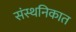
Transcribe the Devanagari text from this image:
संस्थनिकात